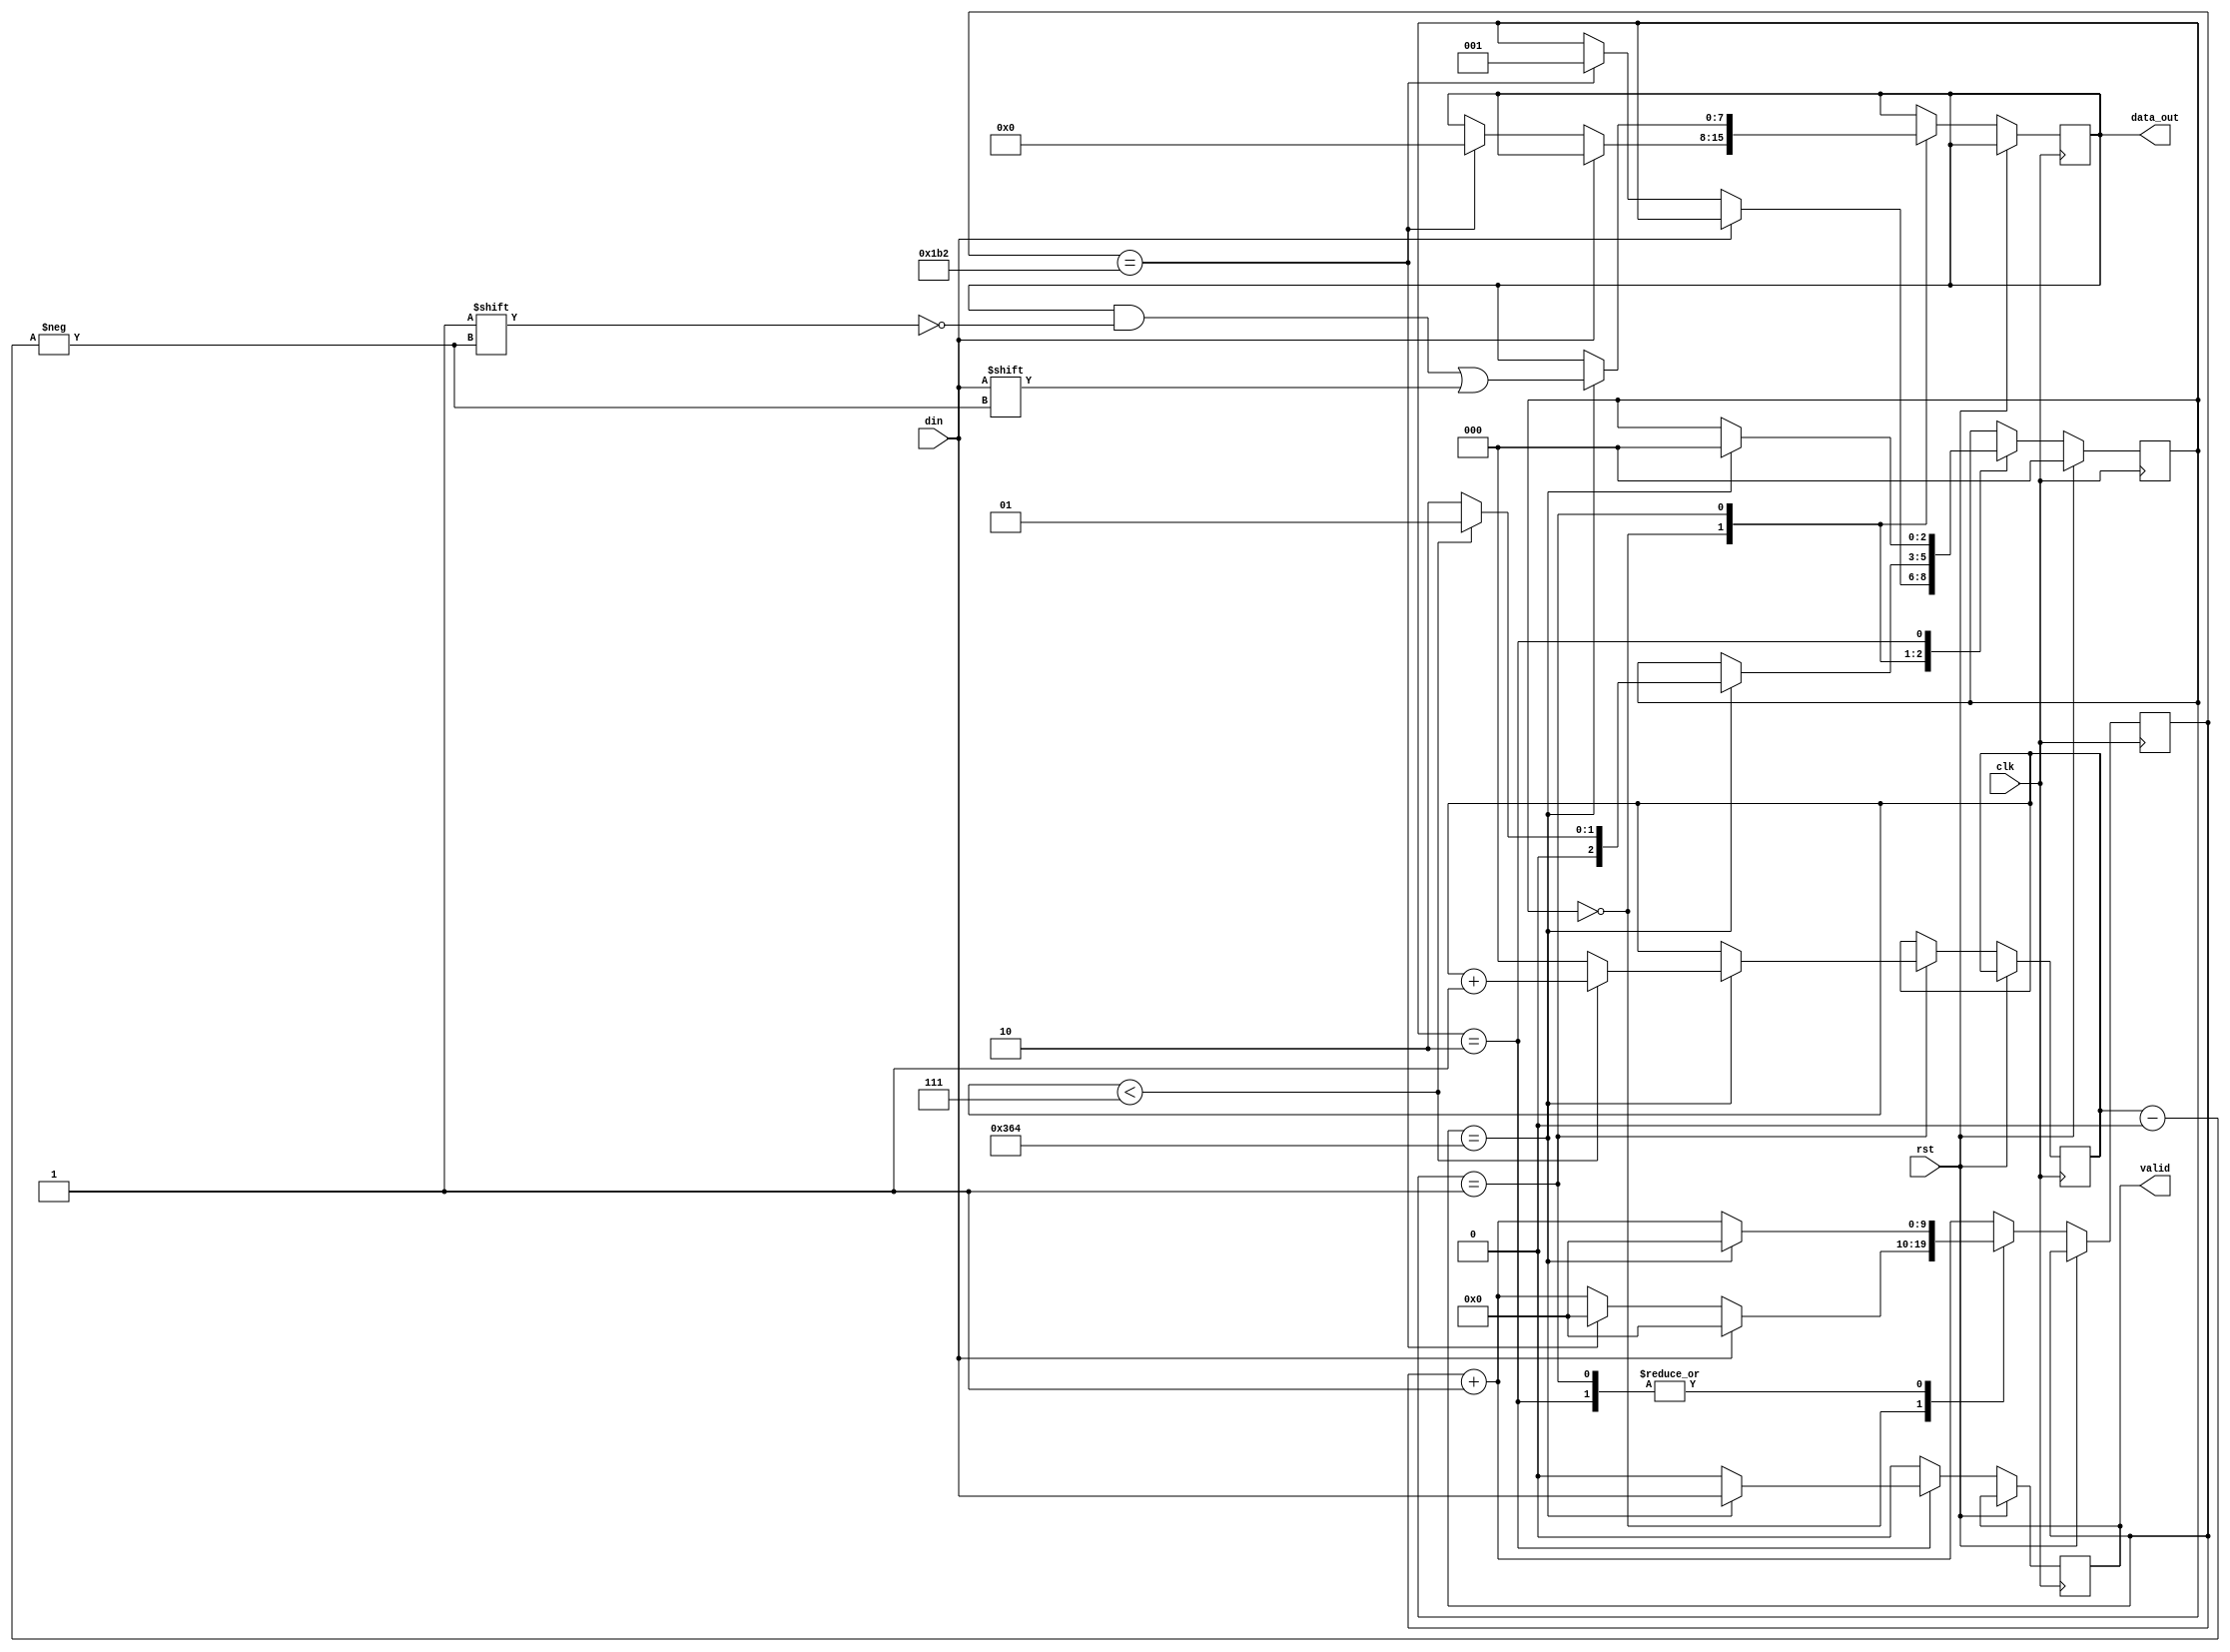
//////////////////////////////////////////////////////////////////////////////////
// Company:  X-Force RED
// 
// Design Name: 
// Module Name: trigger
// Project Name: 
// Target Devices: 
// Tool Versions: 
// Description: 
// 
// Dependencies: 
// 
// Revision:
// Revision 0.01 - File Created
// Additional Comments: Created by chip.fail guys - Modified by h0rac 
// 
//////////////////////////////////////////////////////////////////////////////////

`timescale 1ns / 1ps

`define SYSTEM_CLOCK    100_000_000
// 115200 8N1
`define CLKS_PER_BIT	(`SYSTEM_CLOCK/115200)
`define CLKS_PER_BIT_HALF	((`SYSTEM_CLOCK/115200)/2)

module  uart_rx (
    input wire          clk,
    input wire          rst,
    input wire          din,
    output reg [7:0]    data_out = 0,
    output reg          valid = 0
);

parameter START_BIT  = 3'b000;
parameter RX_BITS   = 3'b001;
parameter STOP_BIT   = 3'b010;

reg [2:0]   state = START_BIT;
reg [2:0]   bit_cnt = 3'b0;
reg [9:0]   etu_cnt = 10'd0;
reg [2:0]   bit_index = 3'd0;


wire etu_full, etu_half;
assign etu_full = (etu_cnt == `CLKS_PER_BIT);
assign etu_half = (etu_cnt == `CLKS_PER_BIT_HALF);

always  @ (posedge clk)
begin
  if (rst)
    begin
      state <= START_BIT;
    end
  else
    begin
  // Default assignments
      valid <= 1'b0;
      etu_cnt <= (etu_cnt + 1'b1);
      state <= state;
      data_out <= data_out;
    case(state)
      START_BIT:
        begin
           if(din == 1'b0)
           begin
             // wait .5 ETUs
             if(etu_half)
              begin
               state <= RX_BITS;
               etu_cnt <= 10'd0;
               data_out <= 8'd0;
              end
             end
               else
                etu_cnt <= 10'd0;
              end
              // Data Bits
     RX_BITS:
       if(etu_full)
       begin
         etu_cnt <= 0;
         data_out[bit_index] <= din;
         if (bit_index < 7)
           begin
             bit_index <= bit_index + 1;
             state <= RX_BITS;
           end
         else
           begin
             bit_index <= 0;
             state<= STOP_BIT;
           end
         end
     STOP_BIT:
      if(etu_full)
       begin
        etu_cnt <= 10'd0;
        state <= START_BIT;
        valid <= din;
      end
    default:
         $display ("UART RX: Invalid state 0x%X", state);
    endcase
  end
end

endmodule